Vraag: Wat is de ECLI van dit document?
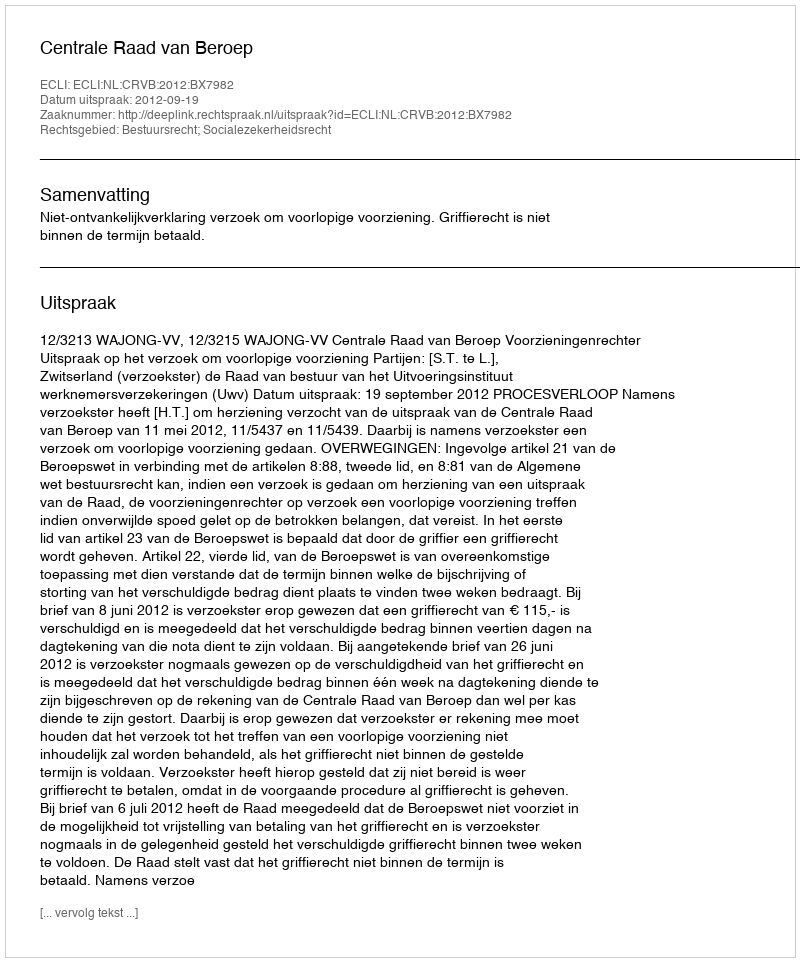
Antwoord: ECLI:NL:CRVB:2012:BX7982